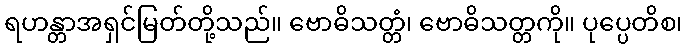
ရဟန္တာအရှင်မြတ်တို့သည်။ ဗောဓိသတ္တံ၊ ဗောဓိသတ္တကို။ ပုပ္ပေတိစ၊